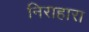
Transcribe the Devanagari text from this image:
निराहारा